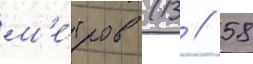
м'е́тров (13 // 58